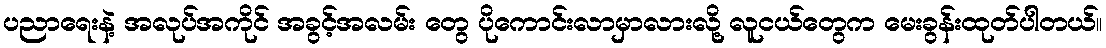
ပညာရေးနဲ့ အလုပ်အကိုင် အခွင့်အလမ်း တွေ ပိုကောင်းလာမှာလားလို့ လူငယ်တွေက မေးခွန်းထုတ်ပါတယ်။